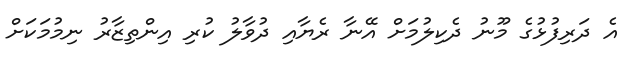
އެ ދަރިފުޅުގެ މޫނު ދެކިލުމަށް އޭނާ ރެޔާއި ދުވާލު ކުރި އިންތިޒާރު ނިމުމަކަށް